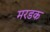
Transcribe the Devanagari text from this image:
मरडक